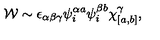
{ \cal W } \sim \epsilon _ { \alpha \beta \gamma } \psi _ { i } ^ { \alpha a } \psi _ { i } ^ { \beta b } \chi _ { [ a , b ] } ^ { \gamma } ,